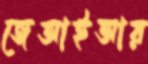
জেআইআর